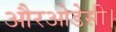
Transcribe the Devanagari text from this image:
औरओडेसी।